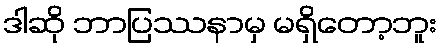
ဒါဆို ဘာပြဿနာမှ မရှိတော့ဘူး